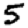
Digit: 5